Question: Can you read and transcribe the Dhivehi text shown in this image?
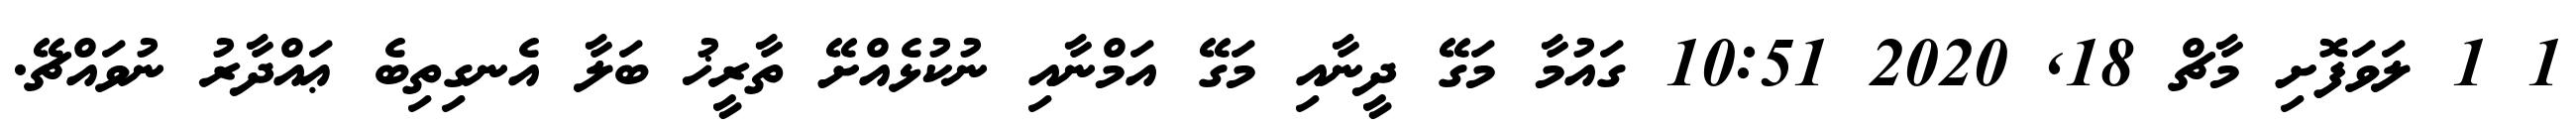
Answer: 1 1 ލަވަފޮށި މާޗް 18, 2020 10:51 ގައުމާ މަގޭ ދީނާއި މަގޭ އަމްނާއި ނުކުޅެއްށޭ ތާރީޚު ބަލާ އެނގިތިބެ ޢައްދާރު ނުވައްޗޭ.